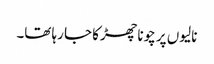
نالیوں پر چونا چھڑکا جا رہا تھا۔